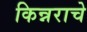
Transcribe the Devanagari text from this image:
किन्नराचे